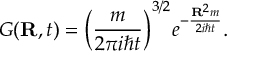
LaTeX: G ( \mathbf { R } , t ) = { \bigg ( } { \frac { m } { 2 \pi i \hbar t } } { \bigg ) } ^ { 3 / 2 } e ^ { - { \frac { \mathbf { R } ^ { 2 } m } { 2 i \hbar t } } } .